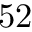
5 2